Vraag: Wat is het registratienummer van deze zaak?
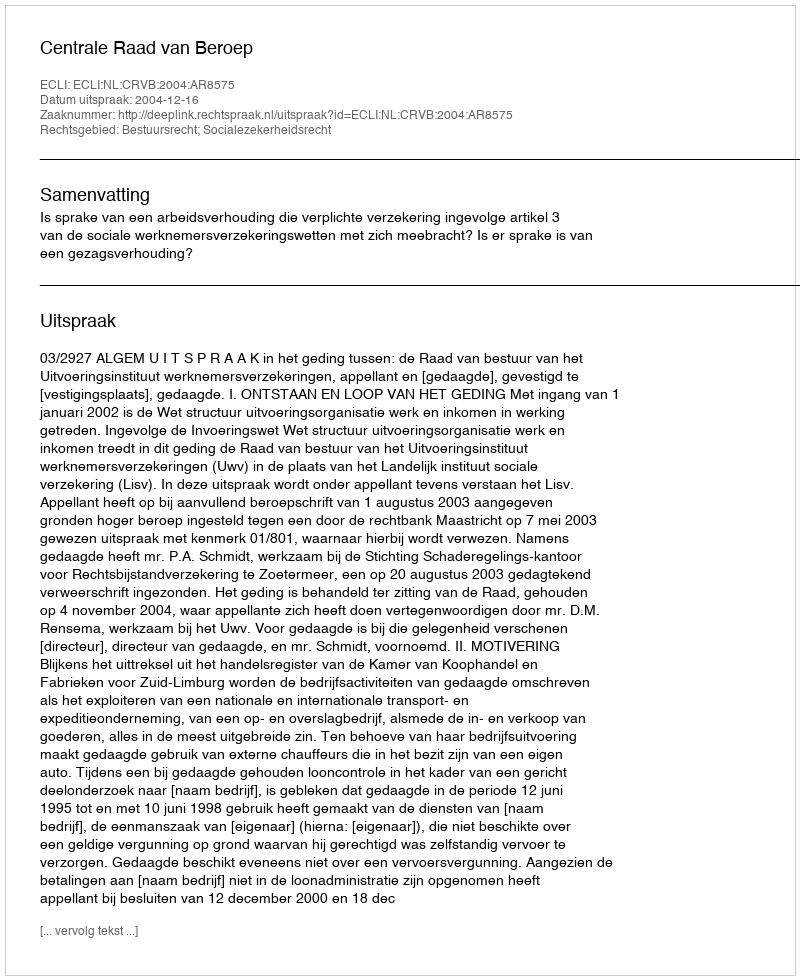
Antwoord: http://deeplink.rechtspraak.nl/uitspraak?id=ECLI:NL:CRVB:2004:AR8575